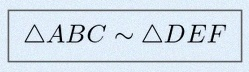
\triangle ABC\sim\triangle DEF